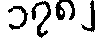
၁၇၈၂